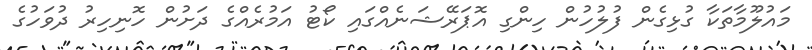
މައުލޫމާތަކާ ގުޅިގެން ފުލުހުން ހިންގި އޮޕަރޭޝަނެއްގައި ކޯޓު އަމުރެއްގެ ދަށުން ހޮނިހިރު ދުވަހުގެ